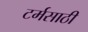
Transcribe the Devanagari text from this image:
टर्मसाठी